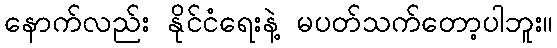
နောက်လည်း နိုင်ငံရေးနဲ့ မပတ်သက်တော့ပါဘူး။